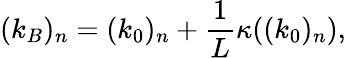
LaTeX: (k_{B})_{n}=(k_{0})_{n}+\frac{1}{L}\kappa((k_{0})_{n}),